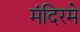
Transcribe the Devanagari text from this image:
मंदिरमे